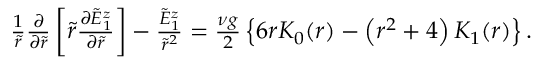
\begin{array} { r } { \frac { 1 } { \tilde { r } } \frac { \partial } { \partial \tilde { r } } \left[ \tilde { r } \frac { \partial \tilde { E } _ { 1 } ^ { z } } { \partial \tilde { r } } \right] - \frac { \tilde { E } _ { 1 } ^ { z } } { \tilde { r } ^ { 2 } } = \frac { \nu g } { 2 } \left\{ 6 r K _ { 0 } ( r ) - \left( r ^ { 2 } + 4 \right) K _ { 1 } ( r ) \right\} . } \end{array}